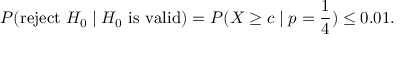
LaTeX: P ( { \mathrm { r e j e c t ~ } } H _ { 0 } \mid H _ { 0 } { \mathrm { ~ i s ~ v a l i d } } ) = P ( X \geq c \mid p = { \frac { 1 } { 4 } } ) \leq 0 { . } 0 1 .